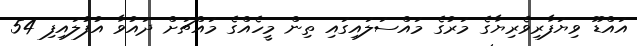
އައްޑޫ ވިޔަފާރިވެރިޔާގެ މަރުގެ މައްސަލައިގައި ތިން މީހެއްގެ މައްޗަށް ދައުވާ އުފުލައިފި 54